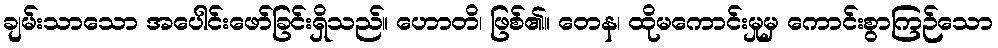
ချမ်းသာသော အပေါင်းဖော်ခြင်းရှိသည်။ ဟောတိ၊ ဖြစ်၏။ တေန၊ ထိုမကောင်းမှုမှ ကောင်းစွာကြဉ်သော